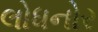
લોધનોર